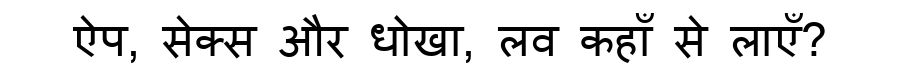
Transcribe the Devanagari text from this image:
ऐप, सेक्स और धोखा, लव कहाँ से लाएँ?